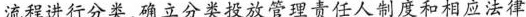
流程进行分类，确立分类投放管理责任人制度和相应法律